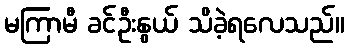
မကြာမီ ခင်ဦးနွယ် သိခဲ့ရလေသည်။